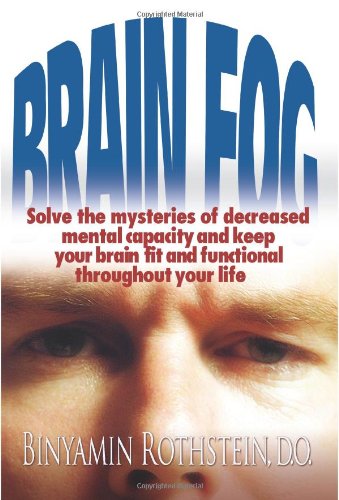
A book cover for Brain Fog: Solve the mysteries of decreased mental capacity and keep your brain fit and functional throughout your life; Binyamin Rothstein  D.O.; Health, Fitness & Dieting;